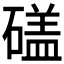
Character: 𥕤